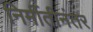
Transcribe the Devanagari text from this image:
निर्मीतीनंतर